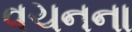
વચનના